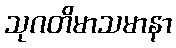
သုဂတိမာသမာနာ